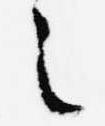
之